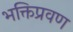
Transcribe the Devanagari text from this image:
भक्तिप्रवण